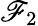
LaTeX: {\cal\mathscr{F}}_{2}